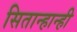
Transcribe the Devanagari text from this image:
सितान्हान्ही